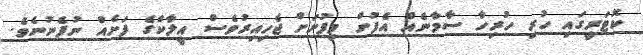
ކޮޓަރީގައި ހުރި ހުރިހާ ސާމާނެއް އެފުށް މިފުށަށް ޖެހިއިރުވެސް އީލާކްގެ ފަށެއް ނުފެނުނެވެ.